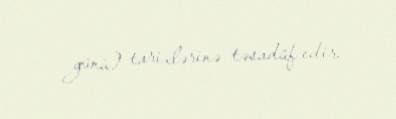
günü) tarixlərinə təsadüf edir.